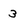
Character: 3